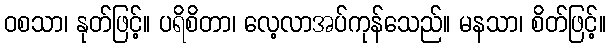
ဝစသာ၊ နုတ်ဖြင့်။ ပရိစိတာ၊ လေ့လာအပ်ကုန်သေည်။ မနသာ၊ စိတ်ဖြင့်။